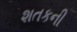
શતકની